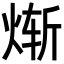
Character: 𬊗